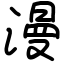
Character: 漫